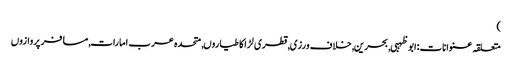
)
متعلقہ عنوانات‬:ابوظہبی, بحرین, خلاف ورزی, قطری لڑاکا طیاروں, متحدہ عرب امارات, مسافر پروازوں